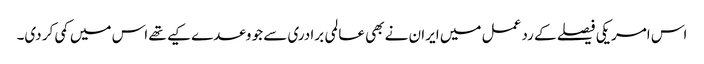
اس امریکی فیصلے کے رد عمل میں ایران نے بھی عالمی برادری سے جو وعدے کیے تھے اس میں کمی کر دی۔